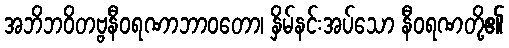
အဘိဘဝိတဗ္ဗနီဝရဏာဘာဝတော၊ နှိမ်နင်းအပ်သော နီဝရဏတို့၏